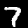
Label: 7